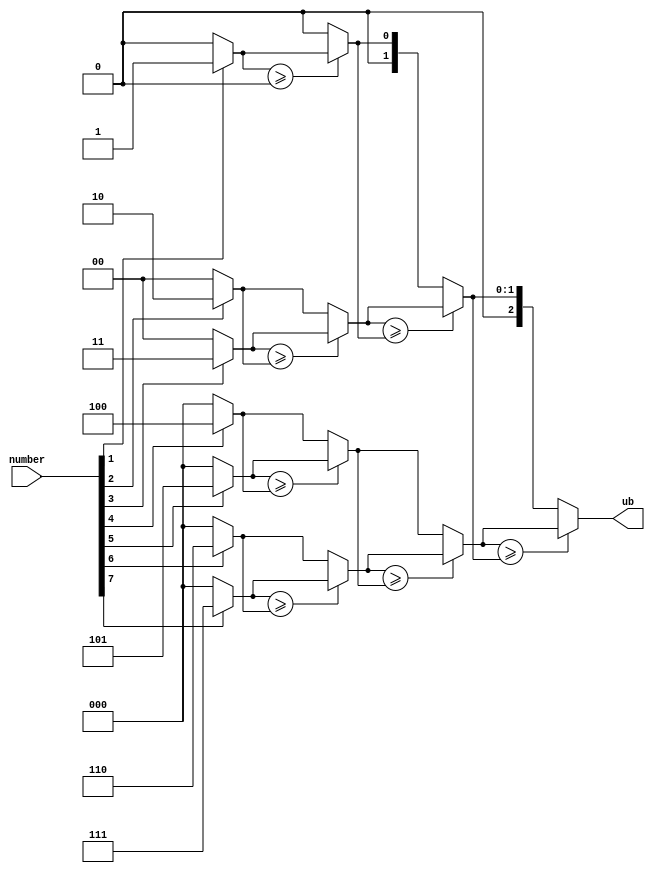
module prioritet_decypher
(
	input [7:0] number,
	output [2:0] ub
);

wire [2:0] b0, b1, b2, b3, b4, b5, b6, b7;
wire [2:0] c0, c1, c2, c3;
wire [2:0] d0, d1;

assign b0 = (number[0] == 1) ? 0 : 0;
assign b1 = (number[1] == 1) ? 1 : 0;
assign b2 = (number[2] == 1) ? 2 : 0;
assign b3 = (number[3] == 1) ? 3 : 0;
assign b4 = (number[4] == 1) ? 4 : 0;
assign b5 = (number[5] == 1) ? 5 : 0;
assign b6 = (number[6] == 1) ? 6 : 0;
assign b7 = (number[7] == 1) ? 7 : 0;

assign c0 = (b1 >= b0) ? b1 : b0;
assign c1 = (b3 >= b2) ? b3 : b2;
assign c2 = (b5 >= b4) ? b5 : b4;
assign c3 = (b7 >= b6) ? b7 : b6;

assign d0 = (c1 >= c0) ? c1 : c0;
assign d1 = (c3 >= c2) ? c3 : c2;

assign ub = (d1 >= d0) ? d1 : d0;
 
endmodule